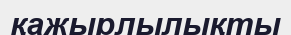
қажырлылықты